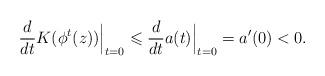
LaTeX: \begin{align*}\frac{d}{dt} K(\phi^t(z)) \Big|_{t=0} \leqslant \frac{d}{dt} a(t) \Big|_{t=0} = a'(0) < 0.\end{align*}